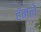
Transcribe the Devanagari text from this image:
हॅमले